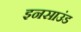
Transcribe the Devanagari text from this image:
इनसाउंड